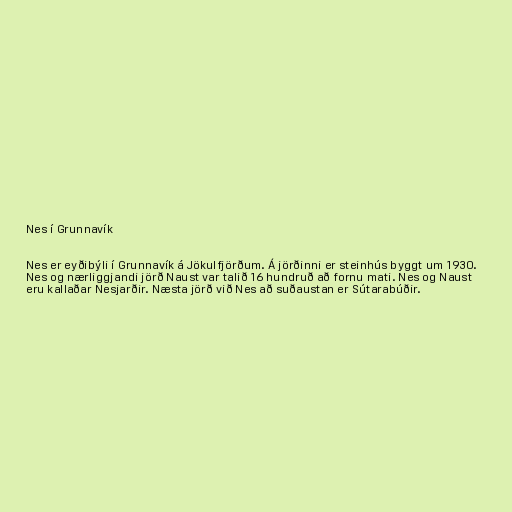
Nes í Grunnavík

Nes er eyðibýli í Grunnavík á Jökulfjörðum. Á jörðinni er steinhús byggt um 1930.
Nes og nærliggjandi jörð Naust var talið 16 hundruð að fornu mati. Nes og Naust
eru kallaðar Nesjarðir. Næsta jörð við Nes að suðaustan er Sútarabúðir.